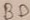
Text: BD